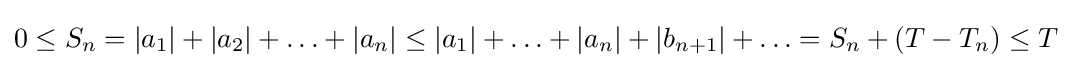
0\leq S_{n}=|a_{1}|+|a_{2}|+\ldots +|a_{n}|\leq |a_{1}|+\ldots +|a_{n}|+|b_{n+1}|+\ldots =S_{n}+(T-T_{n})\leq T